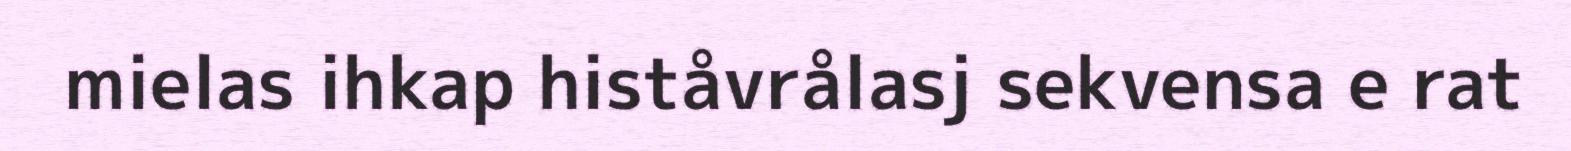
mielas ihkap histåvrålasj sekvensa e rat